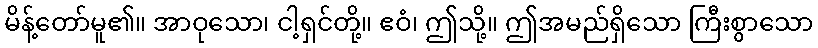
မိန့်တော်မူ၏။ အာဝုသော၊ ငါ့ရှင်တို့။ ဧဝံ၊ ဤသို့။ ဤအမည်ရှိသော ကြီးစွာသော